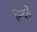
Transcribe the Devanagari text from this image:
म्न्दिरों